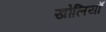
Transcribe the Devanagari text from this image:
खोलियाँ